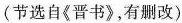
(节选自《晋书》,有删改)